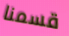
قسمنا